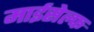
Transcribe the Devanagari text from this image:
माईसेल्फ